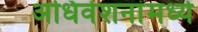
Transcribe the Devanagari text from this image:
अधिवेशनांमध्ये